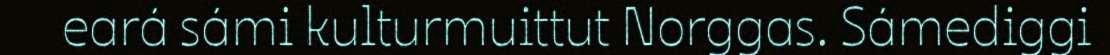
eará sámi kulturmuittut Norggas. Sámediggi